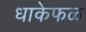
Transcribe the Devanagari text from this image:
धाकेफळ